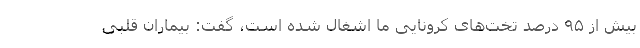
بیش از ۹۵ درصد تخت‌های کرونایی ما اشغال شده است، گفت: بیماران قلبی